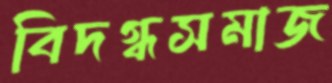
বিদগ্ধসমাজ